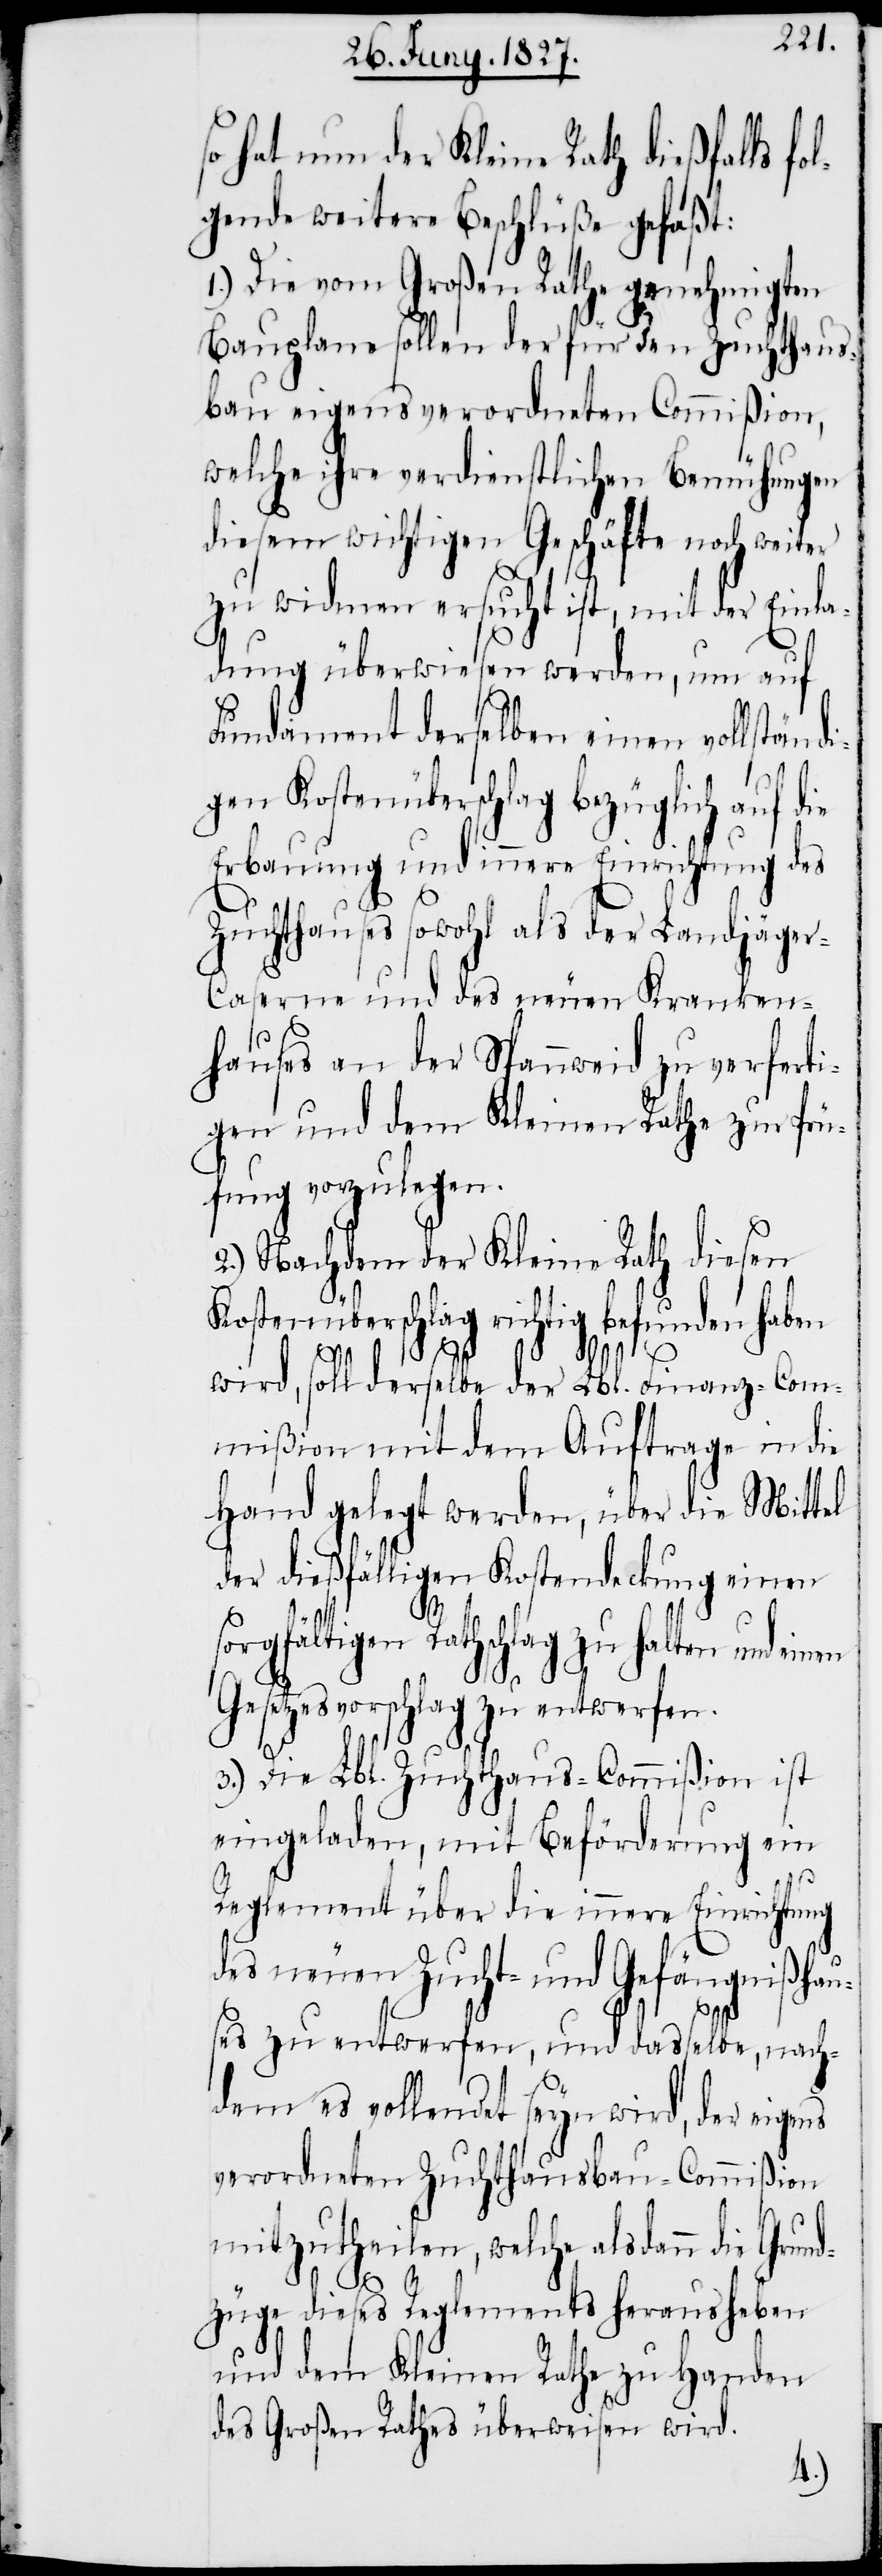
so hat nun der Kleine Rath dießfalls fo¬
lgende weitere Beschlüße gefaßt:
1.) Die vom Großen Rathe genehmigten
Bauplane sollen der für den Zuchthaus¬
bau eigens verordneten Commißion,
welche ihre verdienstlichen Bemühungen
diesem wichtigen Geschäfte noch weiter
zu widmen ersucht ist, mit der Einla¬
dung überwiesen werden, um auf
Fundament derselben einen vollständi¬
gen Kostenüberschlag bezüglich auf
Erbauung und innere Einrichtung des
Zuchthauses sowohl als der Landjäge¬
r-Caserne und des neuen Kranken¬
hauses an der Spannweid zu verferti¬
gen und dem Kleinen Rathe zur Prü¬
fung vorzulegen.
2.) Nachdem der Kleine Rath diesen
Kostenüberschlag richtig befunden haben
die
wird, soll derselbe der Lbl. Finanz-Com¬
mißion mit dem Auftrage in die
Hand gelegt werden, über die Mittel
der dießfälligen Kostendeckung einen
sorgfältigen Rathschlag zu halten und einen
Gesetzesvorschlag zu entwerfen.
3.) Die Lbl. Zuchthaus-Commißion ist
eingeladen, mit Beförderung ein
Reglement über die innere Einrichtung
des neuen Zucht- und Gefängnißha¬
uses zu entwerfen, und dasselbe, nach¬
dem es vollendet seyn wird, der eigens
verordneten Zuchthausbau-Commißion
mitzutheilen, welche alsdann die Gru¬
n¬
dzüge dieses Reglements herausheben
und dem Kleinen Rathe zu Handen
des Großen Rathes überweisen wird.